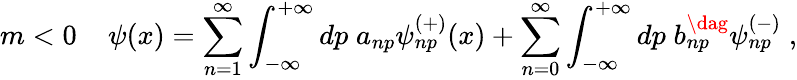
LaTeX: m<0\; \; \; \; \psi(x)=\sum_{n=1}^{\infty}\int_{-\infty}^{+\infty}dp\; a_{np}\psi_{np}^{(+)}(x)+\sum_{n=0}^{\infty}\int_{-\infty}^{+\infty}dp\; b_{np}^{\dag}\psi_{np}^{(-)}\; ,